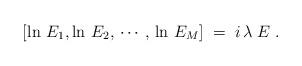
LaTeX: \begin{align*}[\ln\,E_1, \ln \,E_2,\,\cdots ,\,\ln\,E_M]\;=\;i\,\lambda\;E\; .\end{align*}